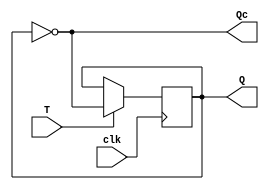
module t_flip_flop(Q, Qc, T, clk);
    output reg Q;
    output     Qc;
    input      T, clk;

    assign Qc = ~Q;

    initial Q = 0;

    always @ (posedge clk) begin
        if (T == 1) Q = ~Q;
        else if(T == 0)  Q =  Q;
    end
endmodule

module jk_flip_flop(Q, Qc, J, K, clk, rst);
    output reg Q;
    output Qc;
    input J, K, clk, rst;

    assign Qc = ~Q;

    initial begin
        Q  = 1'b0;
    end
        
    always @ (posedge clk) begin
        case ({J, K})
            2'b00: begin Q =    Q; end
            2'b01: begin Q = 1'b0; end
            2'b10: begin Q = 1'b1; end
            2'b11: begin Q =   ~Q; end
        endcase

    end

    always @ (negedge rst) begin
        Q = 1'b0;
    end
endmodule

// module tb_jk_flip_flop;
//     wire Q, Q1;
//     reg J, K, clk, rst, en;
//     reg [1:0] L;
    
//     jk_flip_flop jk(Q, Q1, J, K, clk, rst);
    
//     initial begin
//         clk = 0;
//         rst = 1;
//         en  = 1;
//         J   = 0;
//         K   = 0;
        
//         // $monitor ("(:J %d :K %d :Q %1d :Q1: %1d)", J, K, Q, Q1);
//         #8 $finish;
//     end
        
//     always #1 clk = ~clk;
//     always #2 K   =   ~K;
//     always #4 J   =   ~J;
    
//     always @ (posedge clk) begin
//         $strobe ("(:J %d :K %d :Q %1d :Q1: %1d)", J, K, Q, Q1);
//     end
// endmodule